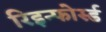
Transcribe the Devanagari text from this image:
रिइन्फोर्स्ड